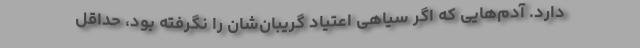
دارد. آدم‌هایی که اگر سیاهی اعتیاد گریبان‌شان را نگرفته بود، حداقل